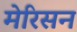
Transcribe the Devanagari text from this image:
मेरिसन